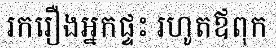
រករឿងអ្នកផ្ទះ រហូតឪពុក